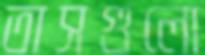
তাসগুলো